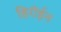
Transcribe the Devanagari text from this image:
हिरॉईन